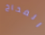
الفخاخ